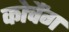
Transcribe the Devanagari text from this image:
कोचैंग